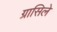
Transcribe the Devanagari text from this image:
ग्रासिले